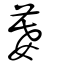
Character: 𡠜